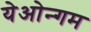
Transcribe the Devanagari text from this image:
येओन्गम